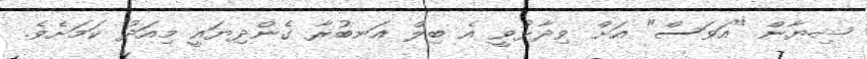
ޝިޔާން "އަވަސް" އަށް ވިދާޅުވީ އެ ބިލް އަނބުރާ ގެންދިޔައީ މިއަދު ކަމަށެވެ.